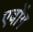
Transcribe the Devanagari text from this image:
एबोंग